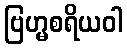
ဗြဟ္မစရိယဝါ